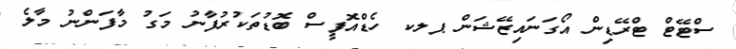
ސްޓޭޓް ޓްރޭޑިން އޯގަނައިޒޭޝަން ޕލކ ހެޑްއޮފީސް ބޮޑުތަކުރުފާނު މަގު މާފަންނު މާލެ